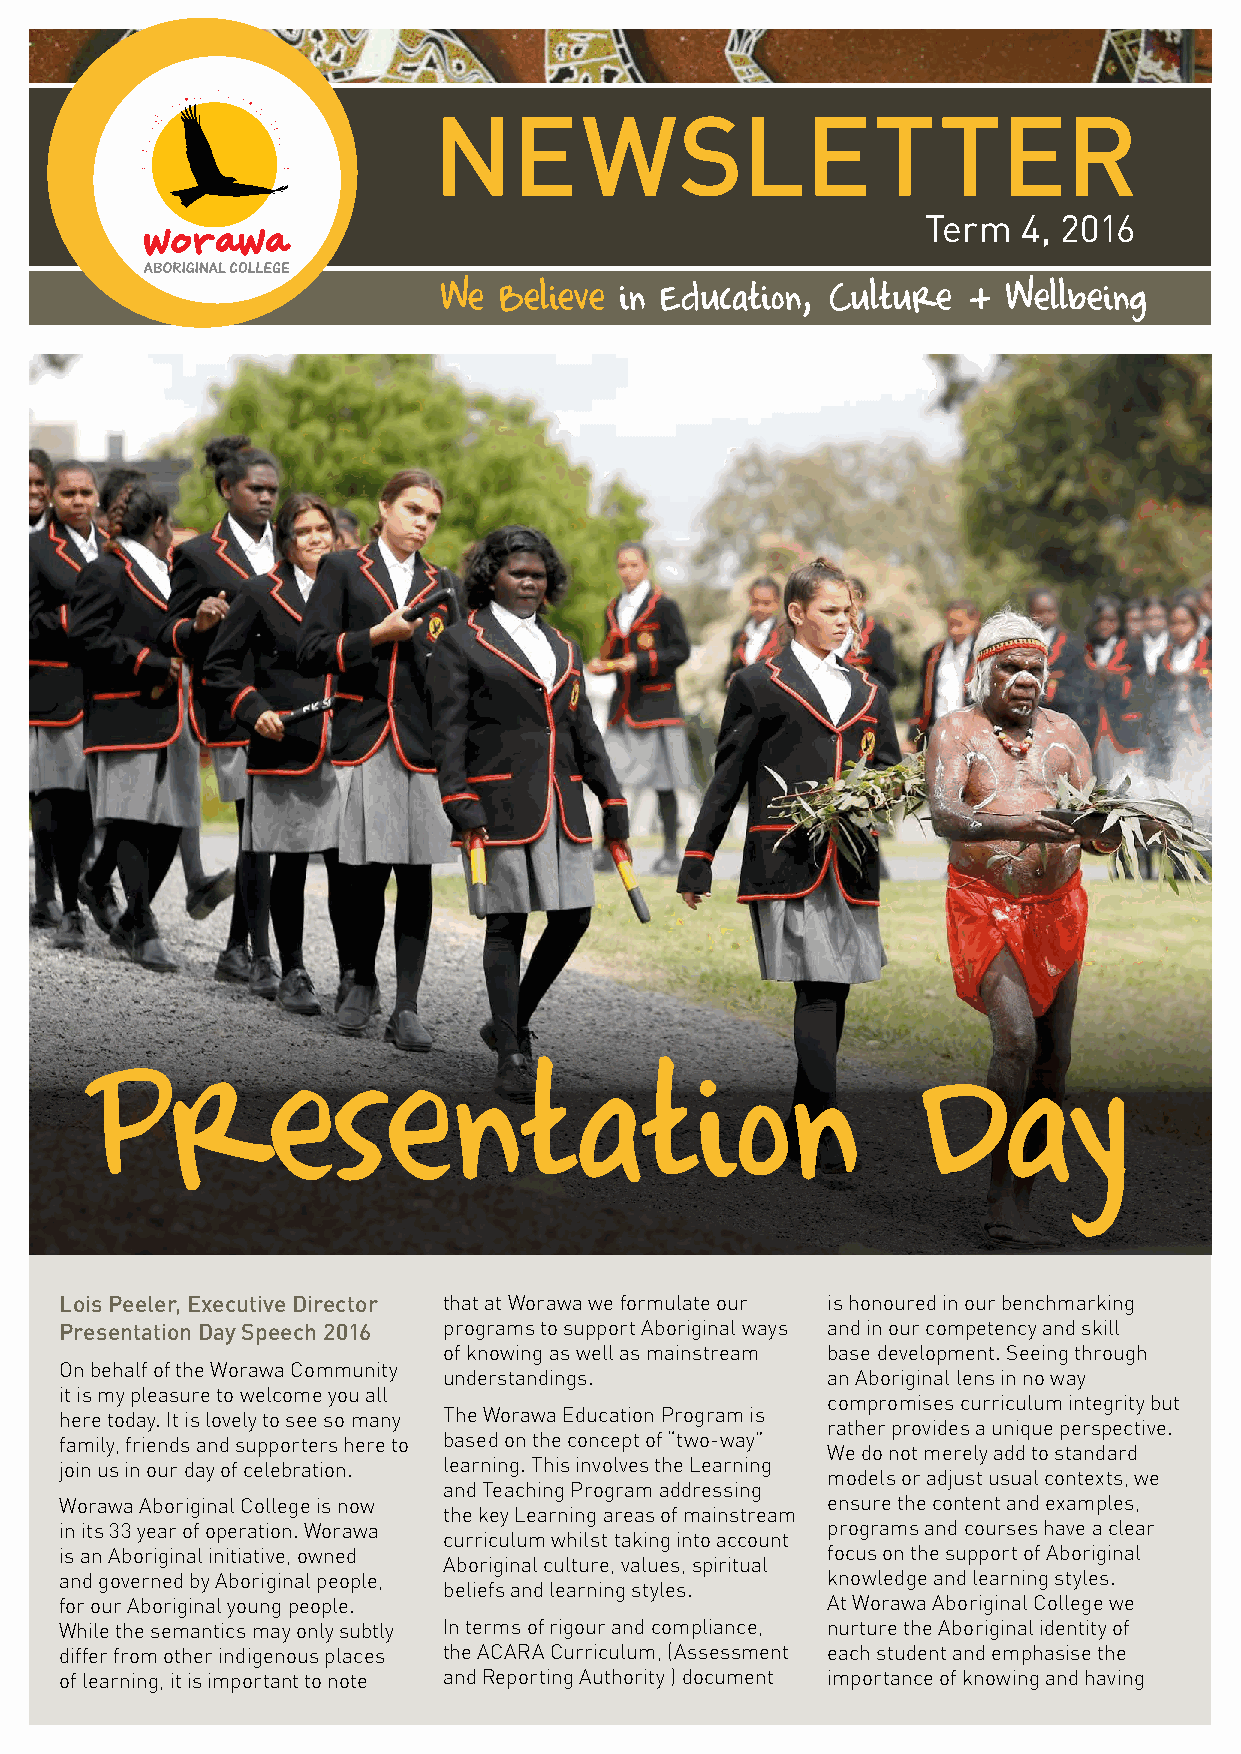
NEWSLETTER
 Term   4, 2016
 We  Believe in Education, Culture  +  Wellbeing
 Presentation                                           Day
 Lois Peeler, Executive Director that at Worawa we formulate our is honoured in our benchmarking
 Presentation Day Speech 2016 programs to support Aboriginal ways and in our competency and skill
 of knowing as well as mainstream base development. Seeing through
 On behalf of the Worawa Community
 understandings.           an Aboriginal lens in no way
 it is my pleasure to welcome you all
 compromises curriculum integrity but
 here today. It is lovely to see so many The Worawa Education Program is
 rather provides a unique perspective.
 family, friends and supporters here to based on the concept of “two-way”
 We do not merely add to standard
 join us in our day of celebration. learning. This involves the Learning
 models or adjust usual contexts, we
 and Teaching Program addressing
 Worawa Aboriginal College is now                   ensure the content and examples,
 the key Learning areas of mainstream
 in its 33 year of operation. Worawa                programs and courses have a clear
 curriculum whilst taking into account
 is an Aboriginal initiative, owned                 focus on the support of Aboriginal
 Aboriginal culture, values, spiritual
 and governed by Aboriginal people,                 knowledge and learning styles.
 beliefs and learning styles.
 for our Aboriginal young people.                   At Worawa Aboriginal College we
 While the semantics may only subtly In terms of rigour and compliance, nurture the Aboriginal identity of
 differ from other indigenous places the ACARA Curriculum, (Assessment each student and emphasise the
 of learning, it is important to note and Reporting Authority ) document importance of knowing and having